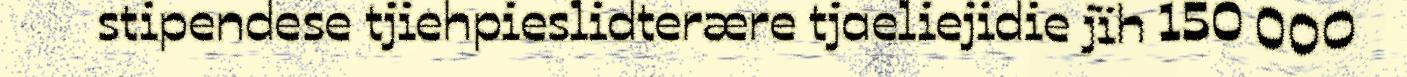
stipendese tjiehpieslidterære tjaeliejidie jïh 150 000